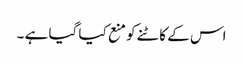
اس کے کاٹنے کو منع کیا گیا ہے ۔